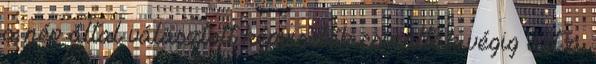
a nép által választott képviselők csinálták végig ezt a